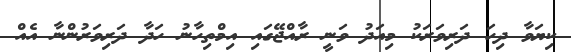
ކިޔަވާ ދިހަ ދަރިވަރަކު މިއަދު ވަނީ ރާއްޖޭގައި އިމްތިހާނު ހަދާ ދަރިވަރުންނާ އެއް